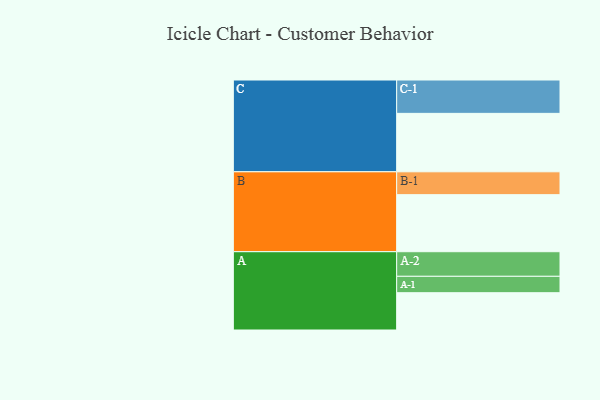
{"axis": {"x": "Segment", "y": "Value"}, "legend": ["", "A", "B", "C"], "data": [{"x": "A", "y": 323, "type": ""}, {"x": "B", "y": 494, "type": ""}, {"x": "C", "y": 506, "type": ""}, {"x": "A-1", "y": 142, "type": "A"}, {"x": "A-2", "y": 213, "type": "A"}, {"x": "B-1", "y": 198, "type": "B"}, {"x": "C-1", "y": 289, "type": "C"}]}